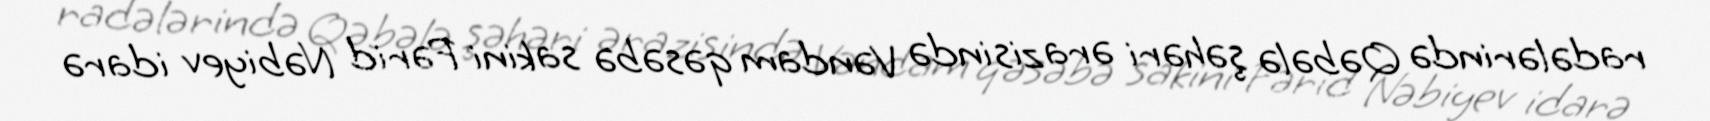
radələrində Qəbələ şəhəri ərazisində Vəndam qəsəbə sakini Fərid Nəbiyev idarə